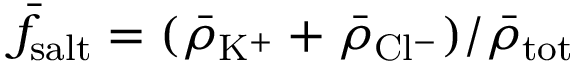
\bar { f } _ { \mathrm { s a l t } } = ( \bar { \rho } _ { \mathrm { K ^ { + } } } + \bar { \rho } _ { \mathrm { C l ^ { - } } } ) / \bar { \rho } _ { \mathrm { t o t } }